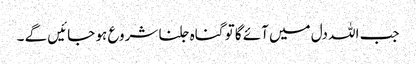
جب اللہ دل میں آئے گا تو گناہ جلنا شروع ہو جائیں گے ۔